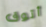
أتوق